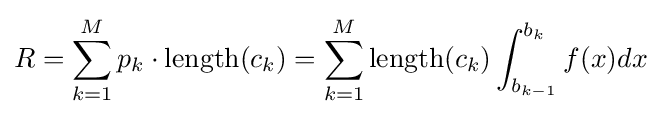
R=\sum _{k=1}^{M}p_{k}\cdot \mathrm {length} (c_{k})=\sum _{k=1}^{M}\mathrm {length} (c_{k})\int _{b_{k-1}}^{b_{k}}f(x)dx